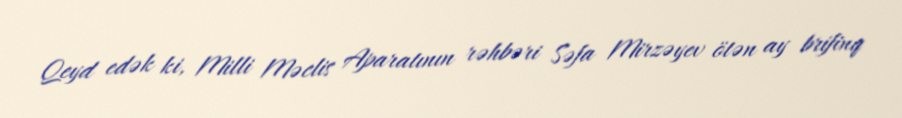
Qeyd edək ki, Milli Məclis Aparatının rəhbəri Səfa Mirzəyev ötən ay brifinq